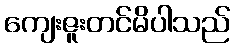
ကျေးဇူးတင်မိပါသည်